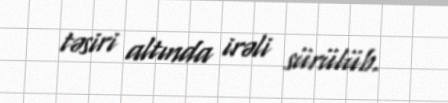
təsiri altında irəli sürülüb.